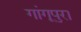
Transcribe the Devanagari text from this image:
गांगूपुरा